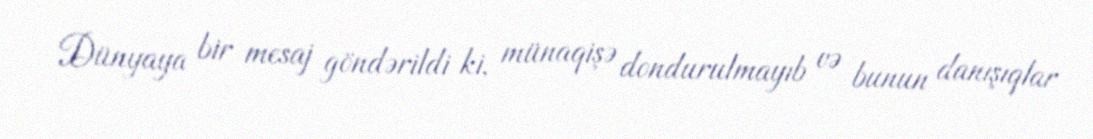
Dünyaya bir mesaj göndərildi ki, münaqişə dondurulmayıb və bunun danışıqlar